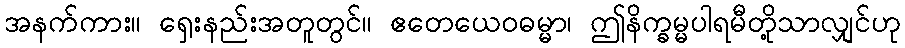
အနက်ကား။ ရှေးနည်းအတူတွင်။ ဧတေယေဝဓမ္မာ၊ ဤနိက္ခမ္မပါရမီတို့သာလျှင်ဟု